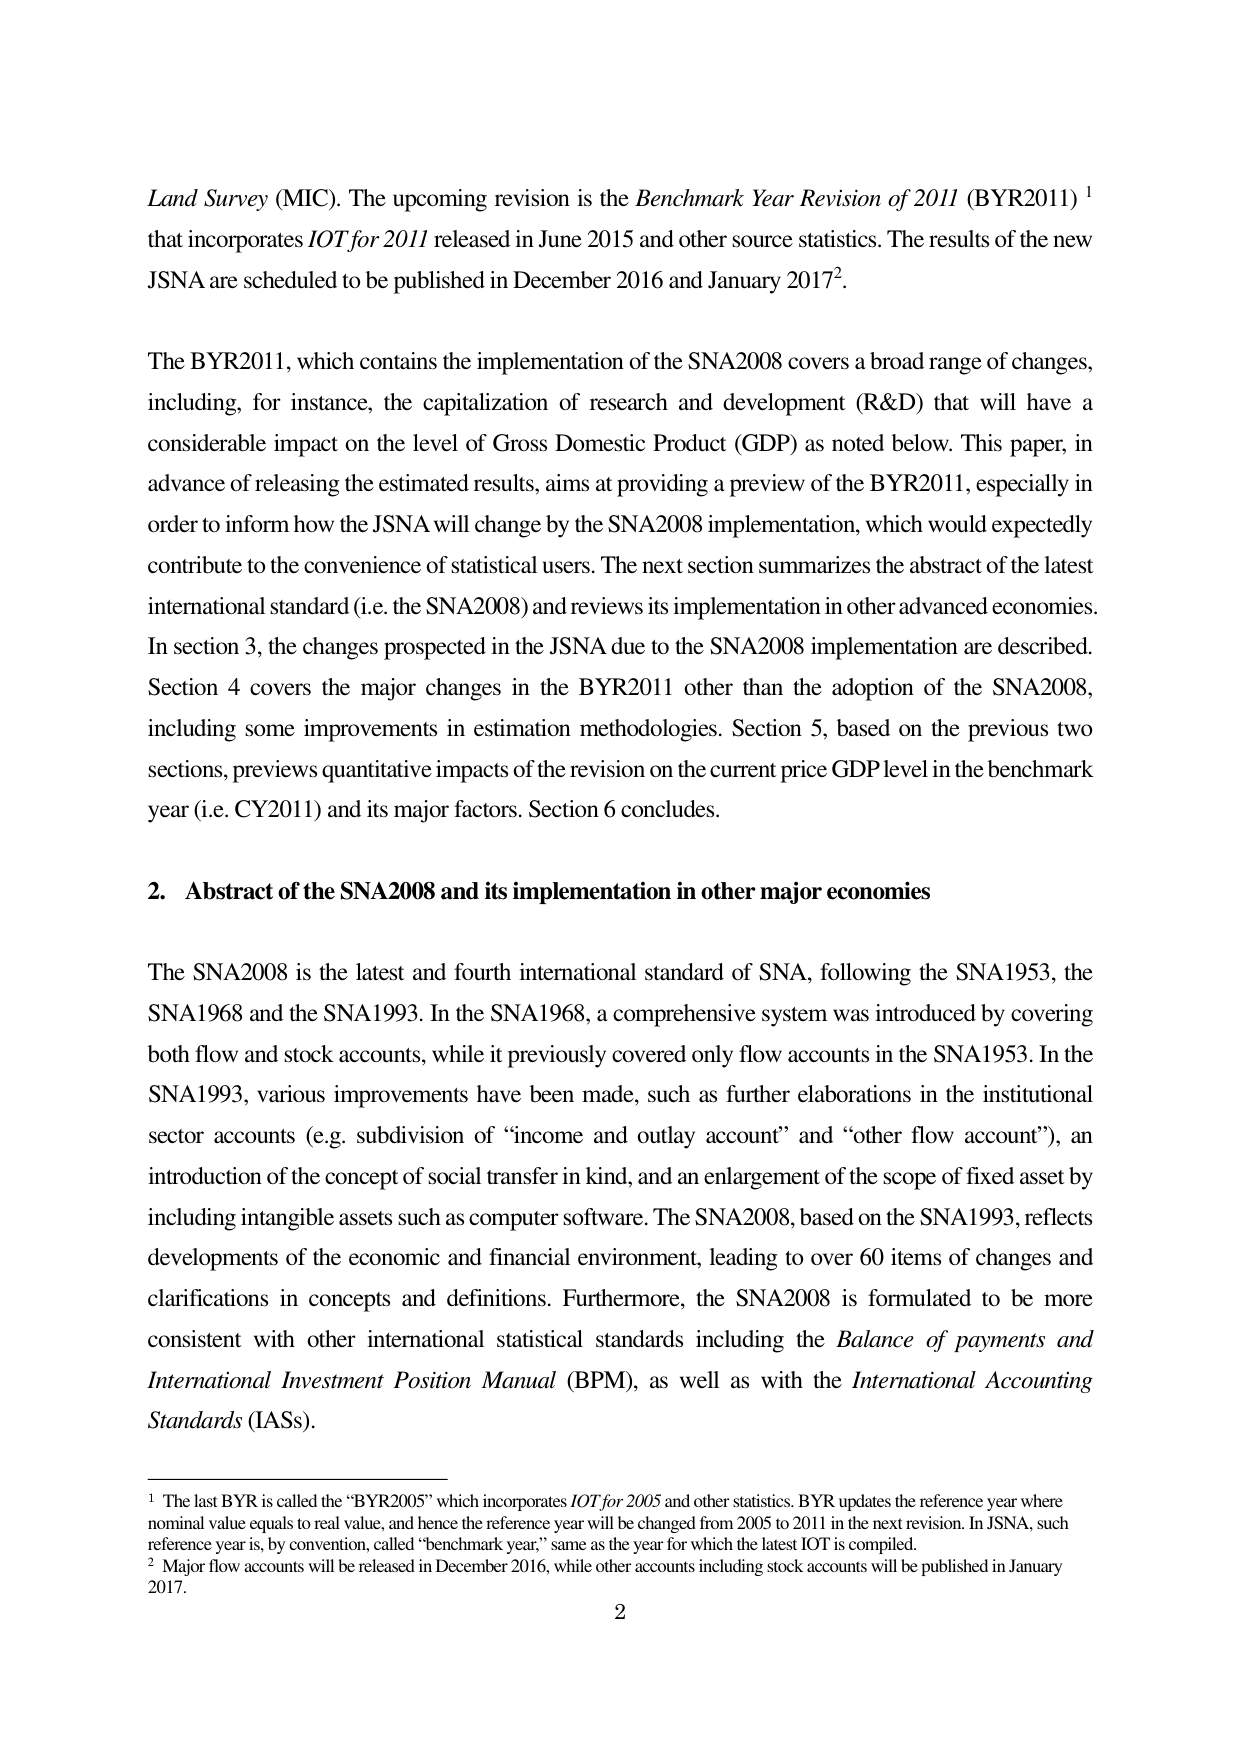
Land Survey (MIC). The upcoming revision is the Benchmark Year Revision of 2011 (BYR2011)¹ that incorporates IOT for 2011 released in June 2015 and other source statistics. The results of the new JSNA are scheduled to be published in December 2016 and January 2017².

The BYR2011, which contains the implementation of the SNA2008 covers a broad range of changes, including, for instance, the capitalization of research and development (R&D) that will have a considerable impact on the level of Gross Domestic Product (GDP) as noted below. This paper, in advance of releasing the estimated results, aims at providing a preview of the BYR2011, especially in order to inform how the JSNA will change by the SNA2008 implementation, which would expectedly contribute to the convenience of statistical users. The next section summarizes the abstract of the latest international standard (i.e. the SNA2008) and reviews its implementation in other advanced economies. In section 3, the changes prospected in the JSNA due to the SNA2008 implementation are described. Section 4 covers the major changes in the BYR2011 other than the adoption of the SNA2008, including some improvements in estimation methodologies. Section 5, based on the previous two sections, previews quantitative impacts of the revision on the current price GDP level in the benchmark year (i.e. CY2011) and its major factors. Section 6 concludes.

2. Abstract of the SNA2008 and its implementation in other major economies

The SNA2008 is the latest and fourth international standard of SNA, following the SNA1953, the SNA1968 and the SNA1993. In the SNA1968, a comprehensive system was introduced by covering both flow and stock accounts, while it previously covered only flow accounts in the SNA1953. In the SNA1993, various improvements have been made, such as further elaborations in the institutional sector accounts (e.g. subdivision of “income and outlay account” and “other flow account”), an introduction of the concept of social transfer in kind, and an enlargement of the scope of fixed asset by including intangible assets such as computer software. The SNA2008, based on the SNA1993, reflects developments of the economic and financial environment, leading to over 60 items of changes and clarifications in concepts and definitions. Furthermore, the SNA2008 is formulated to be more consistent with other international statistical standards including the Balance of payments and International Investment Position Manual (BPM), as well as with the International Accounting Standards (IASs).

¹ The last BYR is called the “BYR2005” which incorporates IOT for 2005 and other statistics. BYR updates the reference year where nominal value equals to real value, and hence the reference year will be changed from 2005 to 2011 in the next revision. In JSNA, such reference year is, by convention, called “benchmark year,” same as the year for which the latest IOT is compiled.
² Major flow accounts will be released in December 2016, while other accounts including stock accounts will be published in January 2017.

2